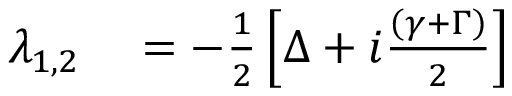
\begin{array} { r l } { \lambda _ { 1 , 2 } } & { { } = - \frac { 1 } { 2 } \left[ \Delta + i \frac { \left( \gamma + \Gamma \right) } { 2 } \right] } \end{array}